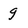
Character: g